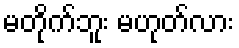
မတိုက်ဘူး မဟုတ်လား